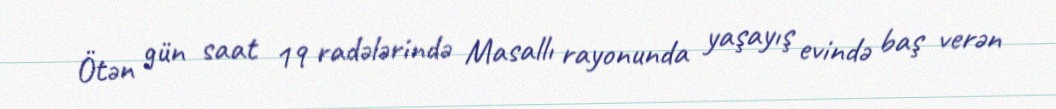
Ötən gün saat 19 radələrində Masallı rayonunda yaşayış evində baş verən